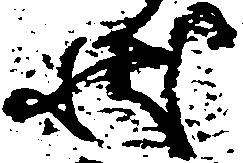
状